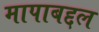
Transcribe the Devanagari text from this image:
मापाबद्दल